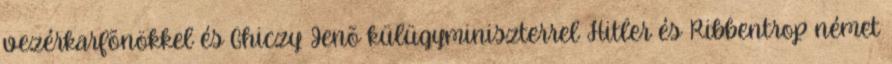
vezérkarfõnökkel és Ghiczy Jenõ külügyminiszterrel Hitler és Ribbentrop német